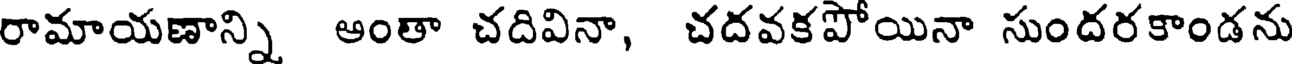
రామాయణాన్ని అంతా చదివినా, చదవకపోయినా సుందరకాండను